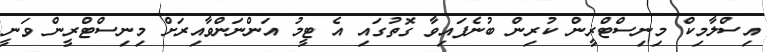
އިސްލާމިކް މިނިސްޓްރީން ކުރިން ބުނެފައިވާ ގޮތުގައި އެ ޓީމު އަންނަންވާއިރަށް މިނިސްޓްރީން ވަނީ